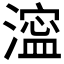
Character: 𣾈